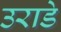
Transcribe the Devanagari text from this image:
उराडे